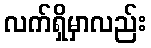
လက်ရှိမှာလည်း